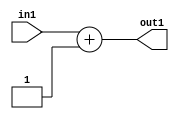
`timescale 1ps / 1ps
/*****************************************************************************
    Verilog RTL Description
    
    
    Created by: Stratus DpOpt 2019.1.01 
*******************************************************************************/

module pw_feature_addr_gen_Add2i1u8_1 (
	in1,
	out1
	); /* architecture "behavioural" */ 
input [7:0] in1;
output [7:0] out1;
wire [7:0] asc001;

assign asc001 = 
	+(in1)
	+(8'B00000001);

assign out1 = asc001;
endmodule

/* CADENCE  ubD5SAo= : u9/ySgnWtBlWxVPRXgAZ4Og= ** DO NOT EDIT THIS LINE ******/